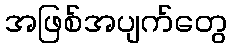
အဖြစ်အပျက်တွေ